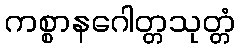
ကစ္စာနဂေါတ္တသုတ္တံ